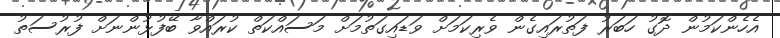
އެހެންކަމުން ދޮގު ހަބަރު ފަތުރައިގެން ވެރިކަމަށް ވަޑައިގަތުމަށް މަސައްކަތް ކުރައްވާ ބޭފުޅުންނަށް ފުރުސަތު